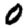
Digit: 0